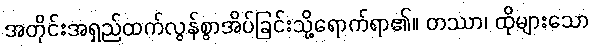
အတိုင်းအရှည်ထက်လွန်စွာအိပ်ခြင်းသို့ရောက်ရာ၏။ တဿာ၊ ထိုများသော